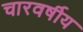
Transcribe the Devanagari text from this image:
चारवर्षीय